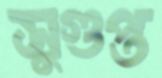
সুগুপ্ত